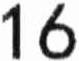
16